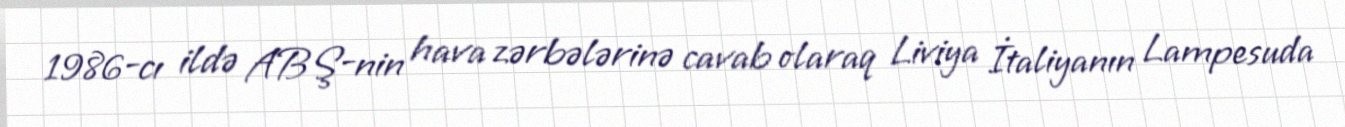
1986-cı ildə ABŞ-nin hava zərbələrinə cavab olaraq Liviya İtaliyanın Lampesuda